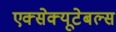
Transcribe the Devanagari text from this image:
एक्सेक्यूटेबल्स